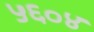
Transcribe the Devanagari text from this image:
५६०४